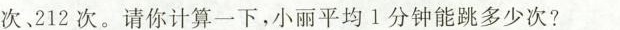
次、212次。请你计算一下，小丽平均1分钟能跳多少次?